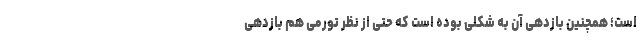
است؛ همچنین بازدهی آن به شکلی بوده است که حتی از نظر تورمی هم بازدهی